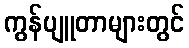
ကွန်ပျူတာများတွင်